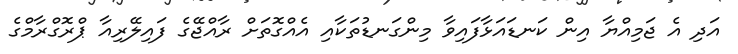
އަދި އެ ޖަމިއްޔާ އިން ކަނޑައަޅާފައިވާ މިންގަނޑުތަކާއި އެއްގޮތަށް ރާއްޖޭގެ ފައިލޭރިއާ ޕްރޮގްރާމްގެ